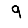
Digit: 9